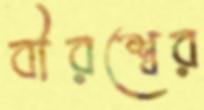
বীরশ্বের